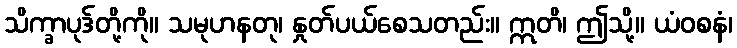
သိက္ခာပုဒ်တို့ကို။ သမုဟနတု၊ နှုတ်ပယ်စေသတည်း။ ဣတိ၊ ဤသို့။ ယံဝစနံ၊